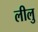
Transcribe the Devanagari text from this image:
लीलु